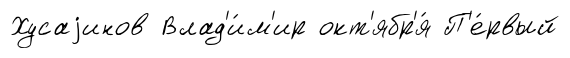
Хусаjинов Влад'и́м'ир окт'ябр'я́ П'е́рвый